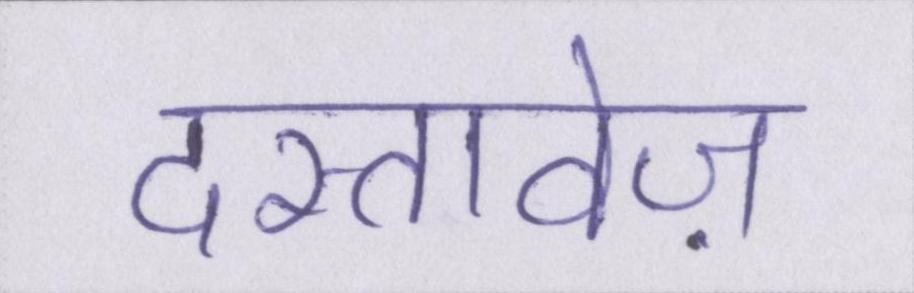
दस्तावेज़